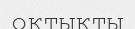
оқтықты